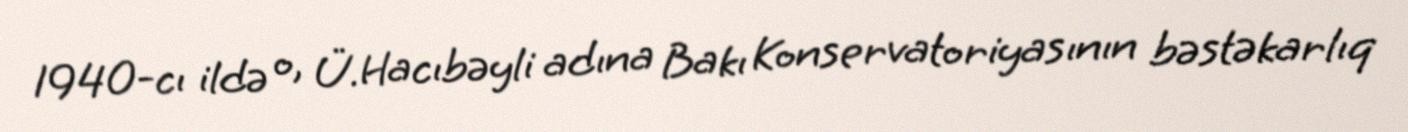
1940-cı ildə o, Ü.Hacıbəyli adına Bakı Konservatoriyasının bəstəkarlıq